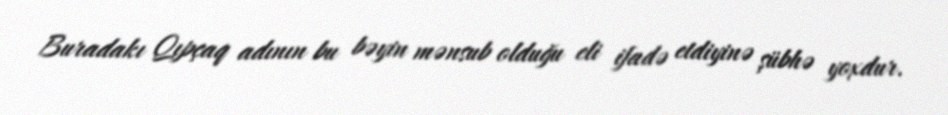
Buradakı Qıpçaq adının bu bəyin mənsub olduğu eli ifadə etdiyinə şübhə yoxdur.